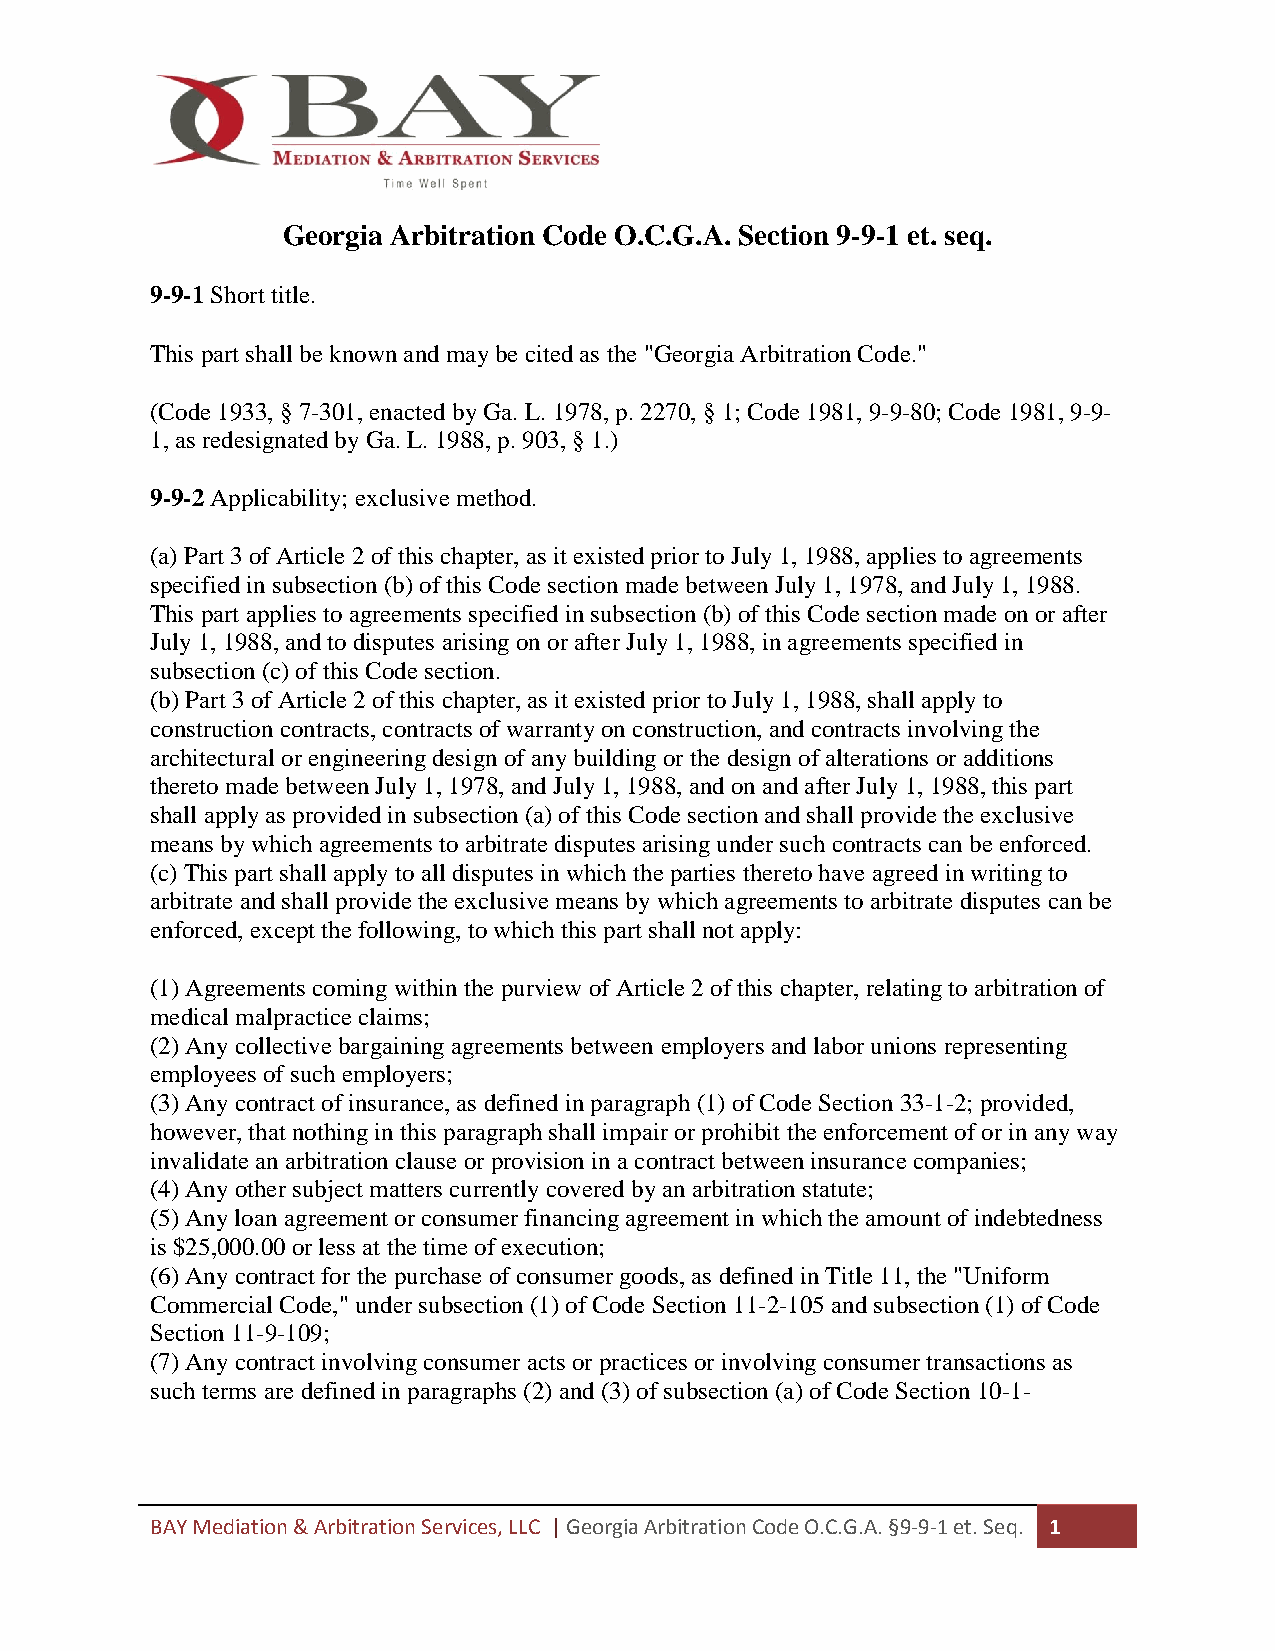
Georgia Arbitration Code O.C.G.A. Section 9-9-1 et. seq.
 9-9-1 Short title.
 This part shall be known and may be cited as the "Georgia Arbitration Code."
 (Code 1933, § 7-301, enacted by Ga. L. 1978, p. 2270, § 1; Code 1981, 9-9-80; Code 1981, 9-9-
 1, as redesignated by Ga. L. 1988, p. 903, § 1.)
 9-9-2 Applicability; exclusive method.
 (a) Part 3 of Article 2 of this chapter, as it existed prior to July 1, 1988, applies to agreements
 specified in subsection (b) of this Code section made between July 1, 1978, and July 1, 1988.
 This part applies to agreements specified in subsection (b) of this Code section made on or after
 July 1, 1988, and to disputes arising on or after July 1, 1988, in agreements specified in
 subsection (c) of this Code section.
 (b) Part 3 of Article 2 of this chapter, as it existed prior to July 1, 1988, shall apply to
 construction contracts, contracts of warranty on construction, and contracts involving the
 architectural or engineering design of any building or the design of alterations or additions
 thereto made between July 1, 1978, and July 1, 1988, and on and after July 1, 1988, this part
 shall apply as provided in subsection (a) of this Code section and shall provide the exclusive
 means by which agreements to arbitrate disputes arising under such contracts can be enforced.
 (c) This part shall apply to all disputes in which the parties thereto have agreed in writing to
 arbitrate and shall provide the exclusive means by which agreements to arbitrate disputes can be
 enforced, except the following, to which this part shall not apply:
 (1) Agreements coming within the purview of Article 2 of this chapter, relating to arbitration of
 medical malpractice claims;
 (2) Any collective bargaining agreements between employers and labor unions representing
 employees of such employers;
 (3) Any contract of insurance, as defined in paragraph (1) of Code Section 33-1-2; provided,
 however, that nothing in this paragraph shall impair or prohibit the enforcement of or in any way
 invalidate an arbitration clause or provision in a contract between insurance companies;
 (4) Any other subject matters currently covered by an arbitration statute;
 (5) Any loan agreement or consumer financing agreement in which the amount of indebtedness
 is $25,000.00 or less at the time of execution;
 (6) Any contract for the purchase of consumer goods, as defined in Title 11, the "Uniform
 Commercial Code," under subsection (1) of Code Section 11-2-105 and subsection (1) of Code
 Section 11-9-109;
 (7) Any contract involving consumer acts or practices or involving consumer transactions as
 such terms are defined in paragraphs (2) and (3) of subsection (a) of Code Section 10-1-
 BAY Mediation & Arbitration Services, LLC | Georgia Arbitration Code O.C.G.A. §9-9-1 et. Seq. 1